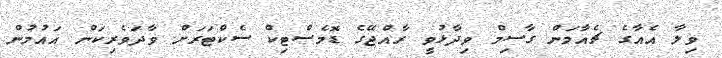
ވިލާ އެއާގެ ޗެއާމަން ގާސިމް ވިދާޅުވީ ރާއްޖޭގެ ޑޮމެސްޓިކް ސެކްޓަރަށް ވާދަވެރިކަން އައުމުން